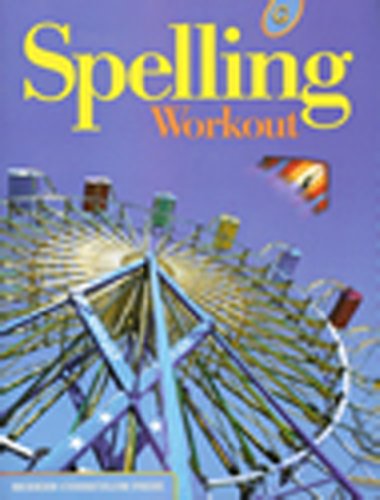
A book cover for SPELLING WORKOUT LEVEL G PUPIL EDITION; MODERN CURRICULUM PRESS; Teen & Young Adult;